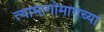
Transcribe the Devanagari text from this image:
त्यामागोमागच्या